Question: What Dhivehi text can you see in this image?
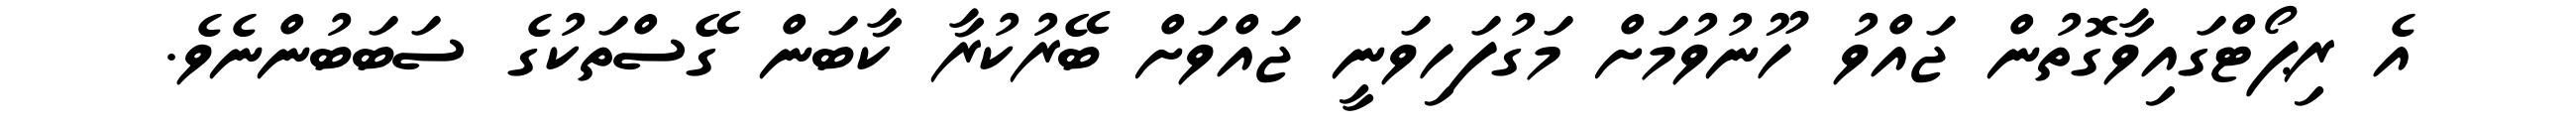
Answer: އެ ރިޕޯޓްގައިވާގޮތުން ޖައްވު ހޫނުވުމަށް މަގުފަހިވަނީ ޖައްވަށް ބޭރުކުރާ ކާބަން ގޭސްތަކުގެ ސަބަބުންނެވެ.